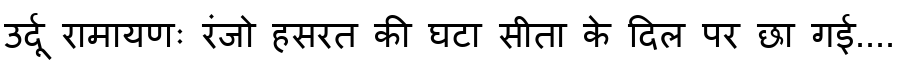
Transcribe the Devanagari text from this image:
उर्दू रामायणः रंजो हसरत की घटा सीता के दिल पर छा गई....